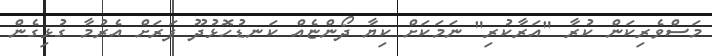
މަސްވެރިކަން ކުރާ "އަރާކުރި" ނަމަކަށް ކިޔާ ދޯންޏެއް ކަނޑުހޮޅުދޫ ފަރަށް އެރުމާ ގުޅިގެން